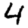
Digit: 4